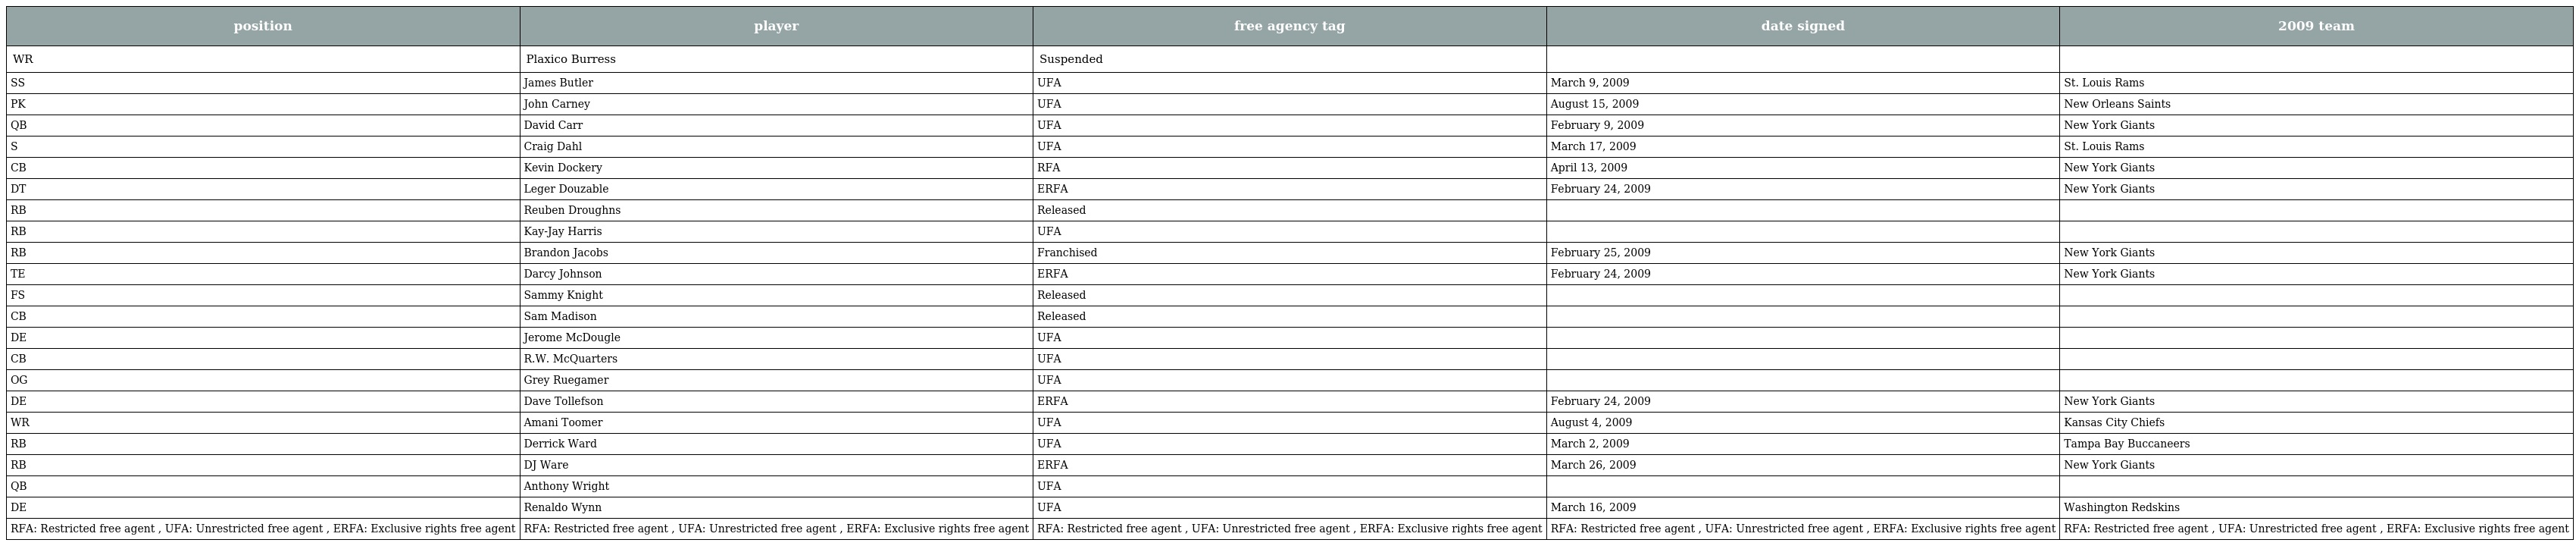
| position | player | free agency tag | date signed | 2009 team |
 | --- | --- | --- | --- | --- |
 | WR | Plaxico Burress | Suspended |  |  |
 | SS | James Butler | UFA | March 9, 2009 | St. Louis Rams |
 | PK | John Carney | UFA | August 15, 2009 | New Orleans Saints |
 | QB | David Carr | UFA | February 9, 2009 | New York Giants |
 | S | Craig Dahl | UFA | March 17, 2009 | St. Louis Rams |
 | CB | Kevin Dockery | RFA | April 13, 2009 | New York Giants |
 | DT | Leger Douzable | ERFA | February 24, 2009 | New York Giants |
 | RB | Reuben Droughns | Released |  |  |
 | RB | Kay-Jay Harris | UFA |  |  |
 | RB | Brandon Jacobs | Franchised | February 25, 2009 | New York Giants |
 | TE | Darcy Johnson | ERFA | February 24, 2009 | New York Giants |
 | FS | Sammy Knight | Released |  |  |
 | CB | Sam Madison | Released |  |  |
 | DE | Jerome McDougle | UFA |  |  |
 | CB | R.W. McQuarters | UFA |  |  |
 | OG | Grey Ruegamer | UFA |  |  |
 | DE | Dave Tollefson | ERFA | February 24, 2009 | New York Giants |
 | WR | Amani Toomer | UFA | August 4, 2009 | Kansas City Chiefs |
 | RB | Derrick Ward | UFA | March 2, 2009 | Tampa Bay Buccaneers |
 | RB | DJ Ware | ERFA | March 26, 2009 | New York Giants |
 | QB | Anthony Wright | UFA |  |  |
 | DE | Renaldo Wynn | UFA | March 16, 2009 | Washington Redskins |
 | RFA: Restricted free agent , UFA: Unrestricted free agent , ERFA: Exclusive rights free agent | RFA: Restricted free agent , UFA: Unrestricted free agent , ERFA: Exclusive rights free agent | RFA: Restricted free agent , UFA: Unrestricted free agent , ERFA: Exclusive rights free agent | RFA: Restricted free agent , UFA: Unrestricted free agent , ERFA: Exclusive rights free agent | RFA: Restricted free agent , UFA: Unrestricted free agent , ERFA: Exclusive rights free agent |